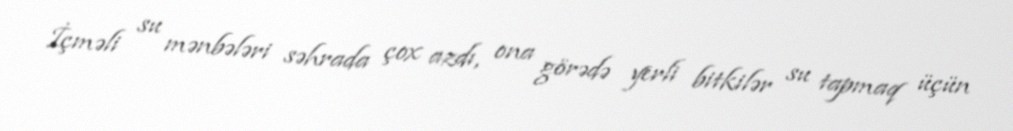
İçməli su mənbələri səhrada çox azdı, ona görədə yerli bitkilər su tapmaq üçün